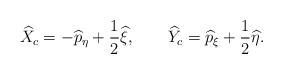
LaTeX: \begin{align*}\widehat{X}_{c}=-\widehat{p}_{\eta }+\frac{1}{2}\widehat{\xi },\qquad \widehat{Y}_{c}=\widehat{p}_{\xi }+\frac{1}{2}\widehat{\eta }. \end{align*}